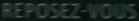
REPOSEZ-VOUS